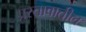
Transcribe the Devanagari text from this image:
प्रस्तावातील